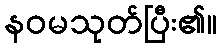
နဝမသုတ်ပြီး၏။